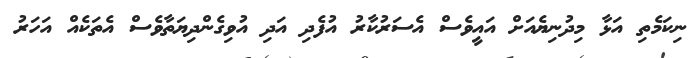
ނިކަމެތި އަޅާ މިދުނިޔެއަށް އައީވެސް އެސަރުކާރު އުފެދި އަދި އުވިގެންދިޔަތާވެސް އެތަކެއް އަހަރު